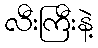
လီးကြီးနဲ့